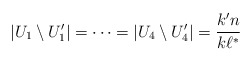
\begin{align*}|U_1\setminus U_1'|=\dots =|U_4\setminus U_4'|=\frac{k' n}{k\ell^*}\end{align*}